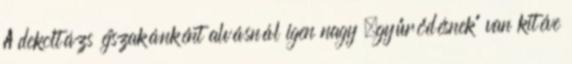
A dekoltázs éjszakánként alvásnál igen nagy „gyűrődésnek” van kitéve